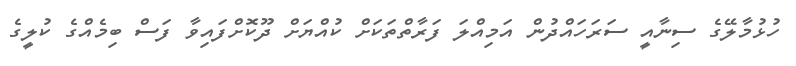
ހުޅުމާލޭގެ ސިނާއީ ސަރަހައްދުން އަމިއްލަ ފަރާތްތަކަށް ކުއްޔަށް ދޫކޮށްފައިވާ ފަސް ބިމެއްގެ ކުލީގެ